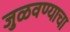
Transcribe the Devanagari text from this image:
जुळवण्याचा